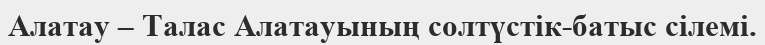
Алатау – Талас Алатауының солтүстік-батыс сілемі.